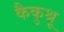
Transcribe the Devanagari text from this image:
कैकुश्रू